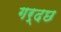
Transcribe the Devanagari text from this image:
गर्दछ